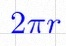
2\pi r